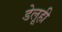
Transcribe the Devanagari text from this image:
डेलूही